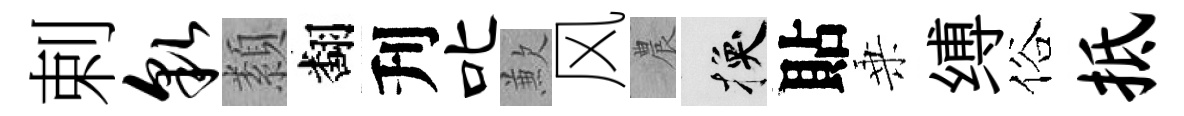
剌貌纇翻刋叱歉风農换貼乗缚俗抵